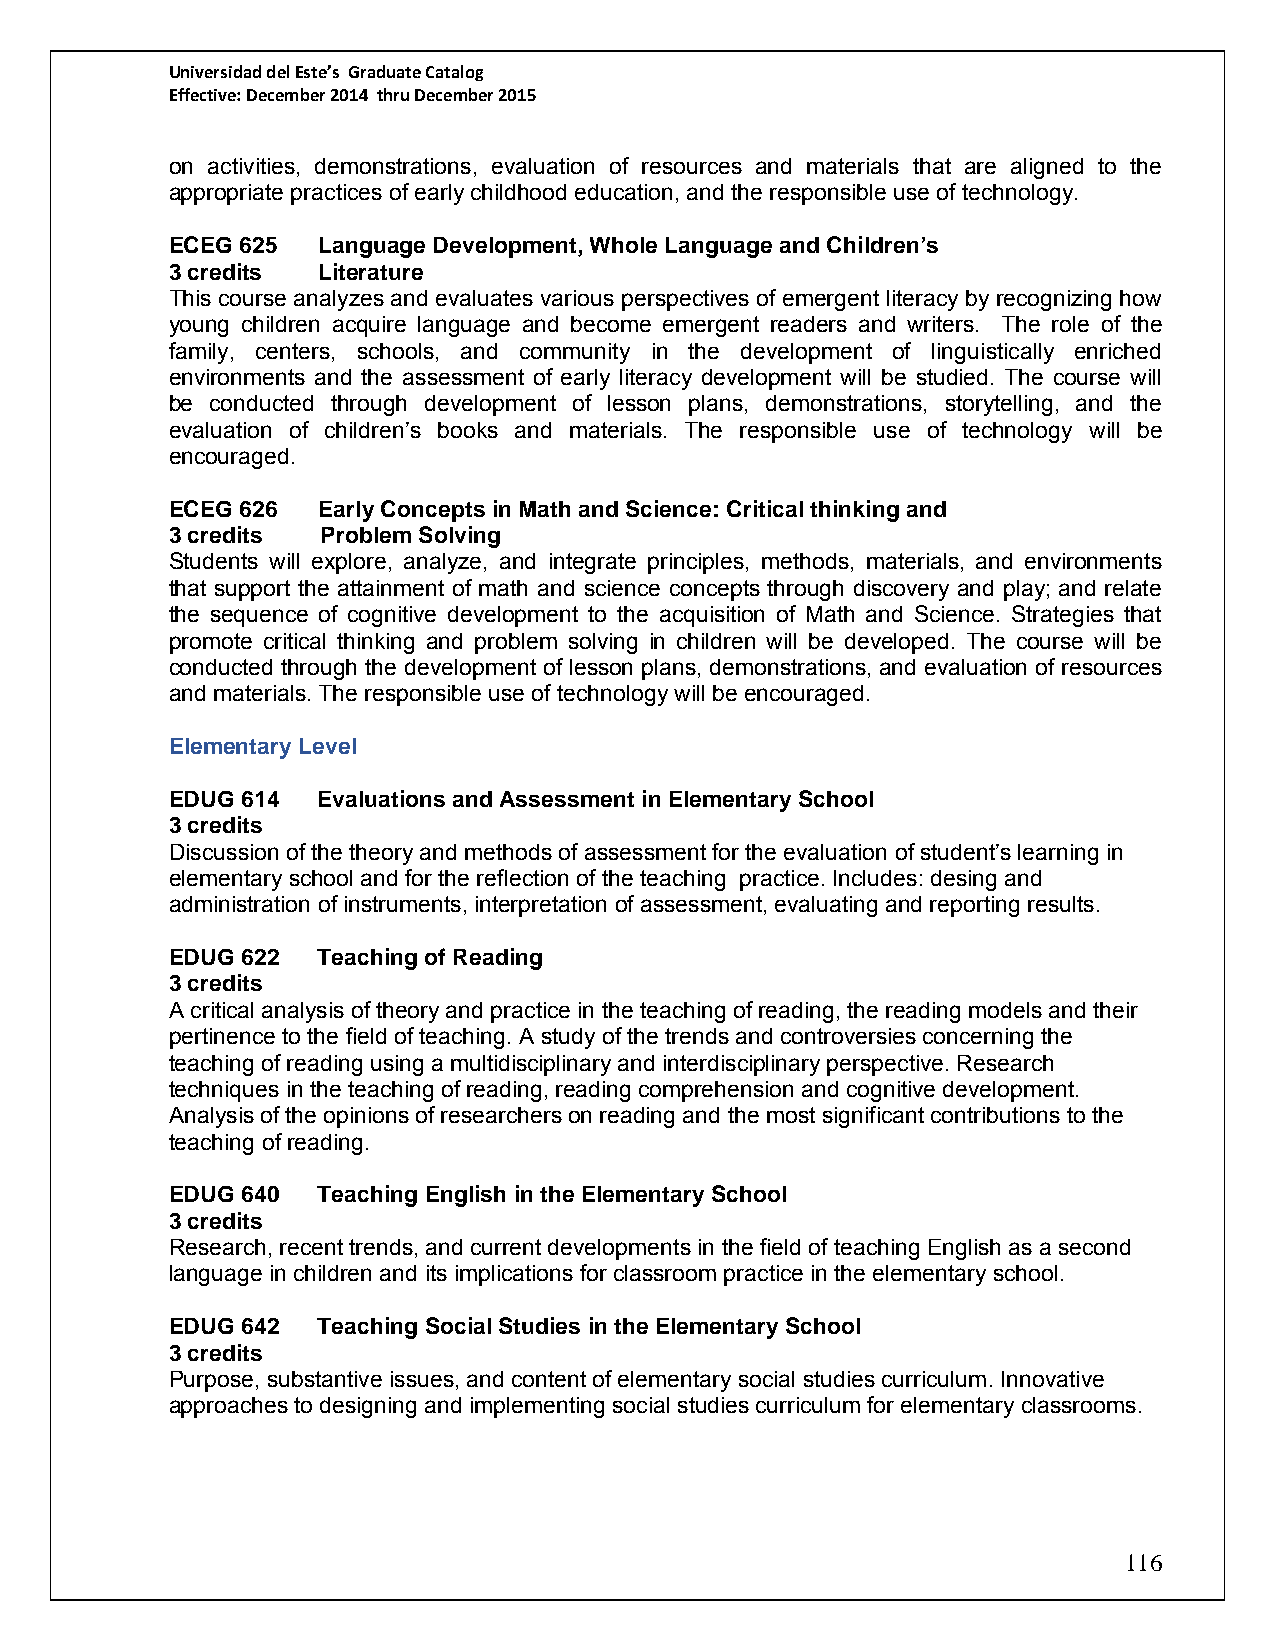
Universidad del Este’s Graduate Catalog
 Effective: December 2014 thru December 2015
 on activities, demonstrations, evaluation of resources and materials that are aligned to the
 appropriate practices of early childhood education, and the responsible use of technology.
 ECEG 625  Language Development, Whole Language and Children’s
 3 credits Literature
 This course analyzes and evaluates various perspectives of emergent literacy by recognizing how
 young children acquire language and become emergent readers and writers. The role of the
 family, centers, schools, and community in the development of linguistically enriched
 environments and the assessment of early literacy development will be studied. The course will
 be conducted through development of lesson plans, demonstrations, storytelling, and the
 evaluation of children’s books and materials. The responsible use of technology will be
 encouraged.
 ECEG 626  Early Concepts in Math and Science: Critical thinking and
 3 credits Problem Solving
 Students will explore, analyze, and integrate principles, methods, materials, and environments
 that support the attainment of math and science concepts through discovery and play; and relate
 the sequence of cognitive development to the acquisition of Math and Science. Strategies that
 promote critical thinking and problem solving in children will be developed. The course will be
 conducted through the development of lesson plans, demonstrations, and evaluation of resources
 and materials. The responsible use of technology will be encouraged.
 Elementary Level
 EDUG 614  Evaluations and Assessment in Elementary School
 3 credits
 Discussion of the theory and methods of assessment for the evaluation of student’s learning in
 elementary school and for the reflection of the teaching practice. Includes: desing and
 administration of instruments, interpretation of assessment, evaluating and reporting results.
 EDUG 622  Teaching of Reading
 3 credits
 A critical analysis of theory and practice in the teaching of reading, the reading models and their
 pertinence to the field of teaching. A study of the trends and controversies concerning the
 teaching of reading using a multidisciplinary and interdisciplinary perspective. Research
 techniques in the teaching of reading, reading comprehension and cognitive development.
 Analysis of the opinions of researchers on reading and the most significant contributions to the
 teaching of reading.
 EDUG 640  Teaching English in the Elementary School
 3 credits
 Research, recent trends, and current developments in the field of teaching English as a second
 language in children and its implications for classroom practice in the elementary school.
 EDUG 642  Teaching Social Studies in the Elementary School
 3 credits
 Purpose, substantive issues, and content of elementary social studies curriculum. Innovative
 approaches to designing and implementing social studies curriculum for elementary classrooms.
 116